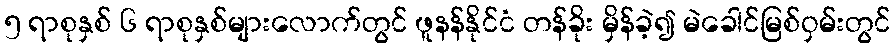
၅ ရာစုနှစ် ၆ ရာစုနှစ်များလောက်တွင် ဖူနန်နိုင်ငံ တန်ခိုး မှိန်ခဲ့၍ မဲခေါင်မြစ်ဝှမ်းတွင်